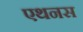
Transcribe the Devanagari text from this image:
एथनस